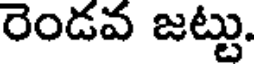
రెండవ జట్టు.